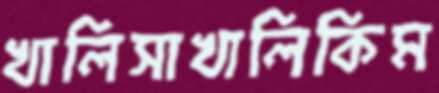
খালিসাখালিকিম